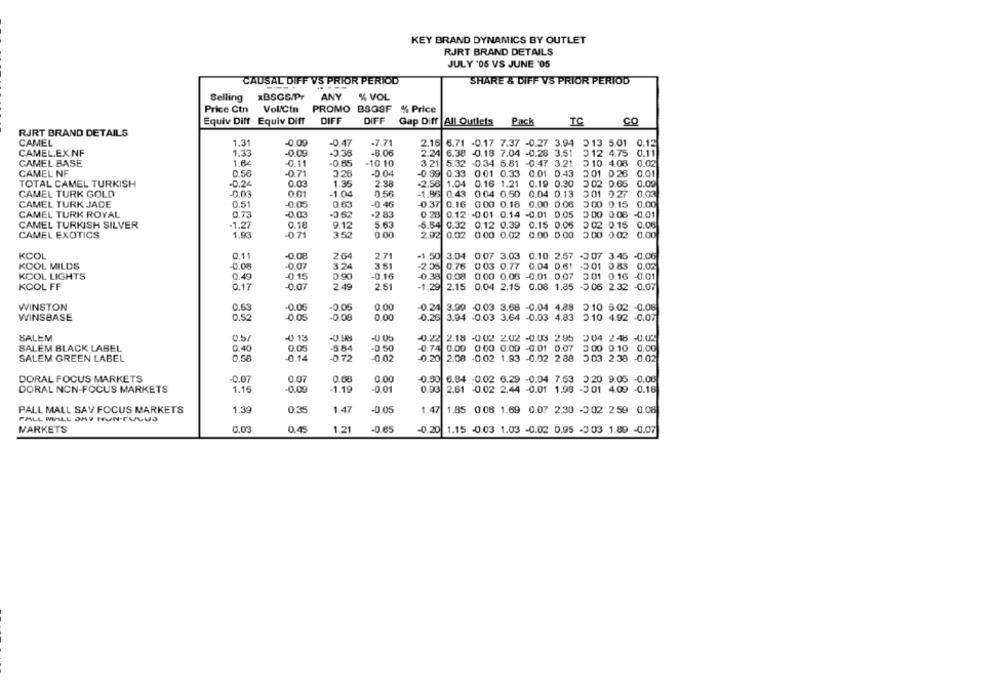
KEY BRAND DYNAMICS BY OUTLET
RJRT BRAND DETAILS
JULY '05 VS JUNE '05
CAUSAL DIFF VS PRIOR PERIOD
SHARE & DIFF VS PRIOR PERIOD
Selling xBSGS/Pr
ANY
% VOL
Price Ctn Vol/Cin PROMO BSGSF % Price
Equiv Diff Equiv Diff
DIFF
DIFF
Gap Diff |All Outlets
Pack
TC
CO
RJRT BRAND DETAILS
CAMEL
1.3
-0.00
-0.47
-7.71
2.16 6.71 -0.17 7.37 -0.27 3.94 3 13 5.01 0.12
CAMEL.EXNF
1.33
-8.06
2.24 6.38 -0.18 7.04 -0.28 3.51
012 4.75 0.11
CAMEL BASE
1.84
-0.11
-0.85
-10.10
3.21 5.32 -0.34 5.81 -0.47 3.21
0 10 4.08
0.02
CAMEL NF
0.56
-0.71
-0.04
-0.89 0.33 0.01 0.33 0.01 0.43
3 01 0.28
0.01
3.26
TOTAL CAMEL TURKISH
-0.24
0.03
1.35
2.38
-2.56 1.04
0.16 1.21 0.19 0.30
3 02 0.65
0.00
CAMEL TURK GOLD
-0.03
-1.04
0.56
-1.86 0.43
0.04 0.50 0.04 0.13
301 027
CAMEL TURK JADE
0.51
-0.05
0.63
0.46
0.37 0.16 0.00 0.18 0.00 0.06
0 00 0.15
0.00
CAMEL TURK ROYAL
0.73
-0.52
-2 83
0.28 0.12 -0.01 0.14 -0.01 0.05
3 00 0:06 -0.01
CAMEL TURKISH SILVER
-1.27
0.18
9.12
5.63
5.54 0.32
0.12 0.39 0.15 0.05
0 02 0.15 0.06
CAMEL EXOTICS
1,93
.0.71
3.52
0.00
2.92 0.02 0.00 0.02
0.00 0.00
3 00 0.02
0.00
KCOL
0.11
-0.08
264
271
-1.50 3.04 0.07 3.03 0.10 2.57 -2 07 3:45 -0.06
KOOL MILDS
-0.08
-0.07
3.24
3.51
-2.05 0.76 0.03 0.77 0.04 0.61 -2 01 0.83 0.02
KOOL LIGHTS
0.49
-0.15
0.90
-0.16
0.38 0.08 0.00 0.06 -0.01 0.07 2 01 0.16 -0.01
KOOL FF
0.17
-0.07
2.49
2.51
-1.29 2.15 0.04 2.15 0.08 1.85 -5 06 2.32 -0.07
WINSTON
0.63
-0.05
-0.05
0.00
0.24 3.99 -0.03 3.68 -0.04 4.28 3 10 5.02 -0.08
WINSBASE
0.52
0.05
-0.00
0.00
-0.26 3.94 -0.03 3.64 -0.03 4.83
310 4.92 -0.07
SALEM
-0.13
-0.98
-0.05
-0.22 2.18 -0.02 2.02 -0.03 2.95 304 2:48 -0.02
SALEM BLACK LABEL
0.40
0.05
-5.84
-0.50
-0.74 0.00 0.00 0.00 -0.01 0.07 3 00 0.10 0.00
SALEM GREEN LABEL
0.58
0.14
-0.72
-0.02
0.20 2.08 -0.02 1.93 -0.02 2.88
2 03 2.38 -0.02
DORAL FOCUS MARKETS
-0.07
0.07
0.08
0.00
-0.50 6.84 -0.02 6.29 -0.04 7,53 3 20 9.05 -0.00
1.16
-0.00
-0.01
DORAL NON-FOCUS MARKETS
-1.19
0.93 2.61 0.02 2.44 -0.01 1.98 -3 01 4.00 -0.18
1.39
-0.05
PALL MALL SAV FOCUS MARKETS
0.35
1.47
1.47 1.85 0.05 1.69 0.07 2.30 -3 02 2.59 0.08
PALL MALL JAY HUN-TULUS
0.03
0.45
1.21
-0.65
MARKETS
-0.20 1.15 -0.03 1.03 -0.02 0.95 -3 03 1.80 -0.07